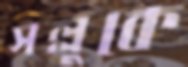
সল্লুকে